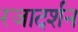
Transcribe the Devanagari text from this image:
रजादर्शन